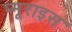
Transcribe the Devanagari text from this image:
प्मूराइस